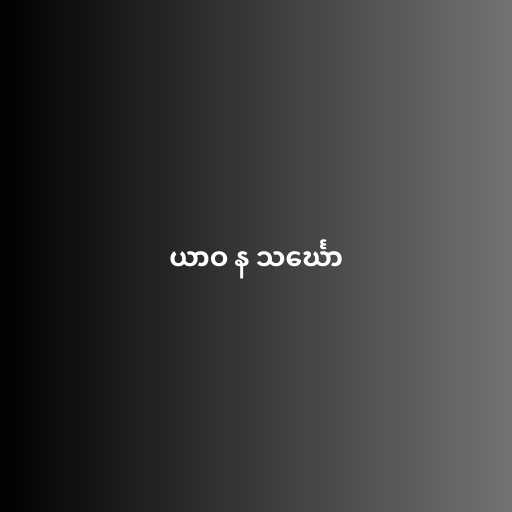
ယာဝ န သင်္ဃော